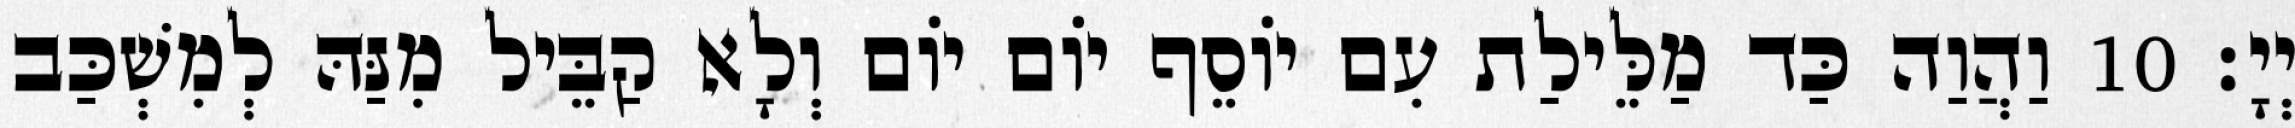
יְיָ׃ 10 וַהֲוַה כַּד מַלֵּילַת עִם יוֹסֵף יוֹם יוֹם וְלָא קַבֵּיל מִנַּהּ לְמִשְׁכַּב